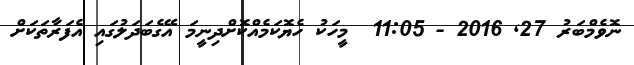
ނޮވެމްބަރު 27